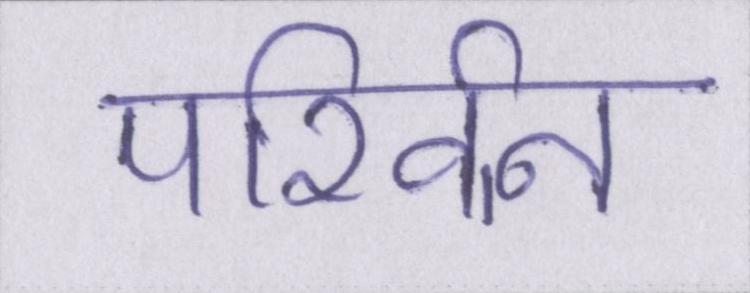
परिर्वन